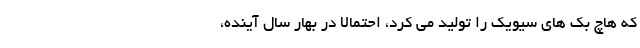
که هاچ بک های سیویک را تولید می کرد، احتمالاً در بهار سال آینده،